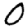
Digit: 0